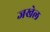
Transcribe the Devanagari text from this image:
जखेल